Jaan_Tonisson_(Lasteleht), lk 351
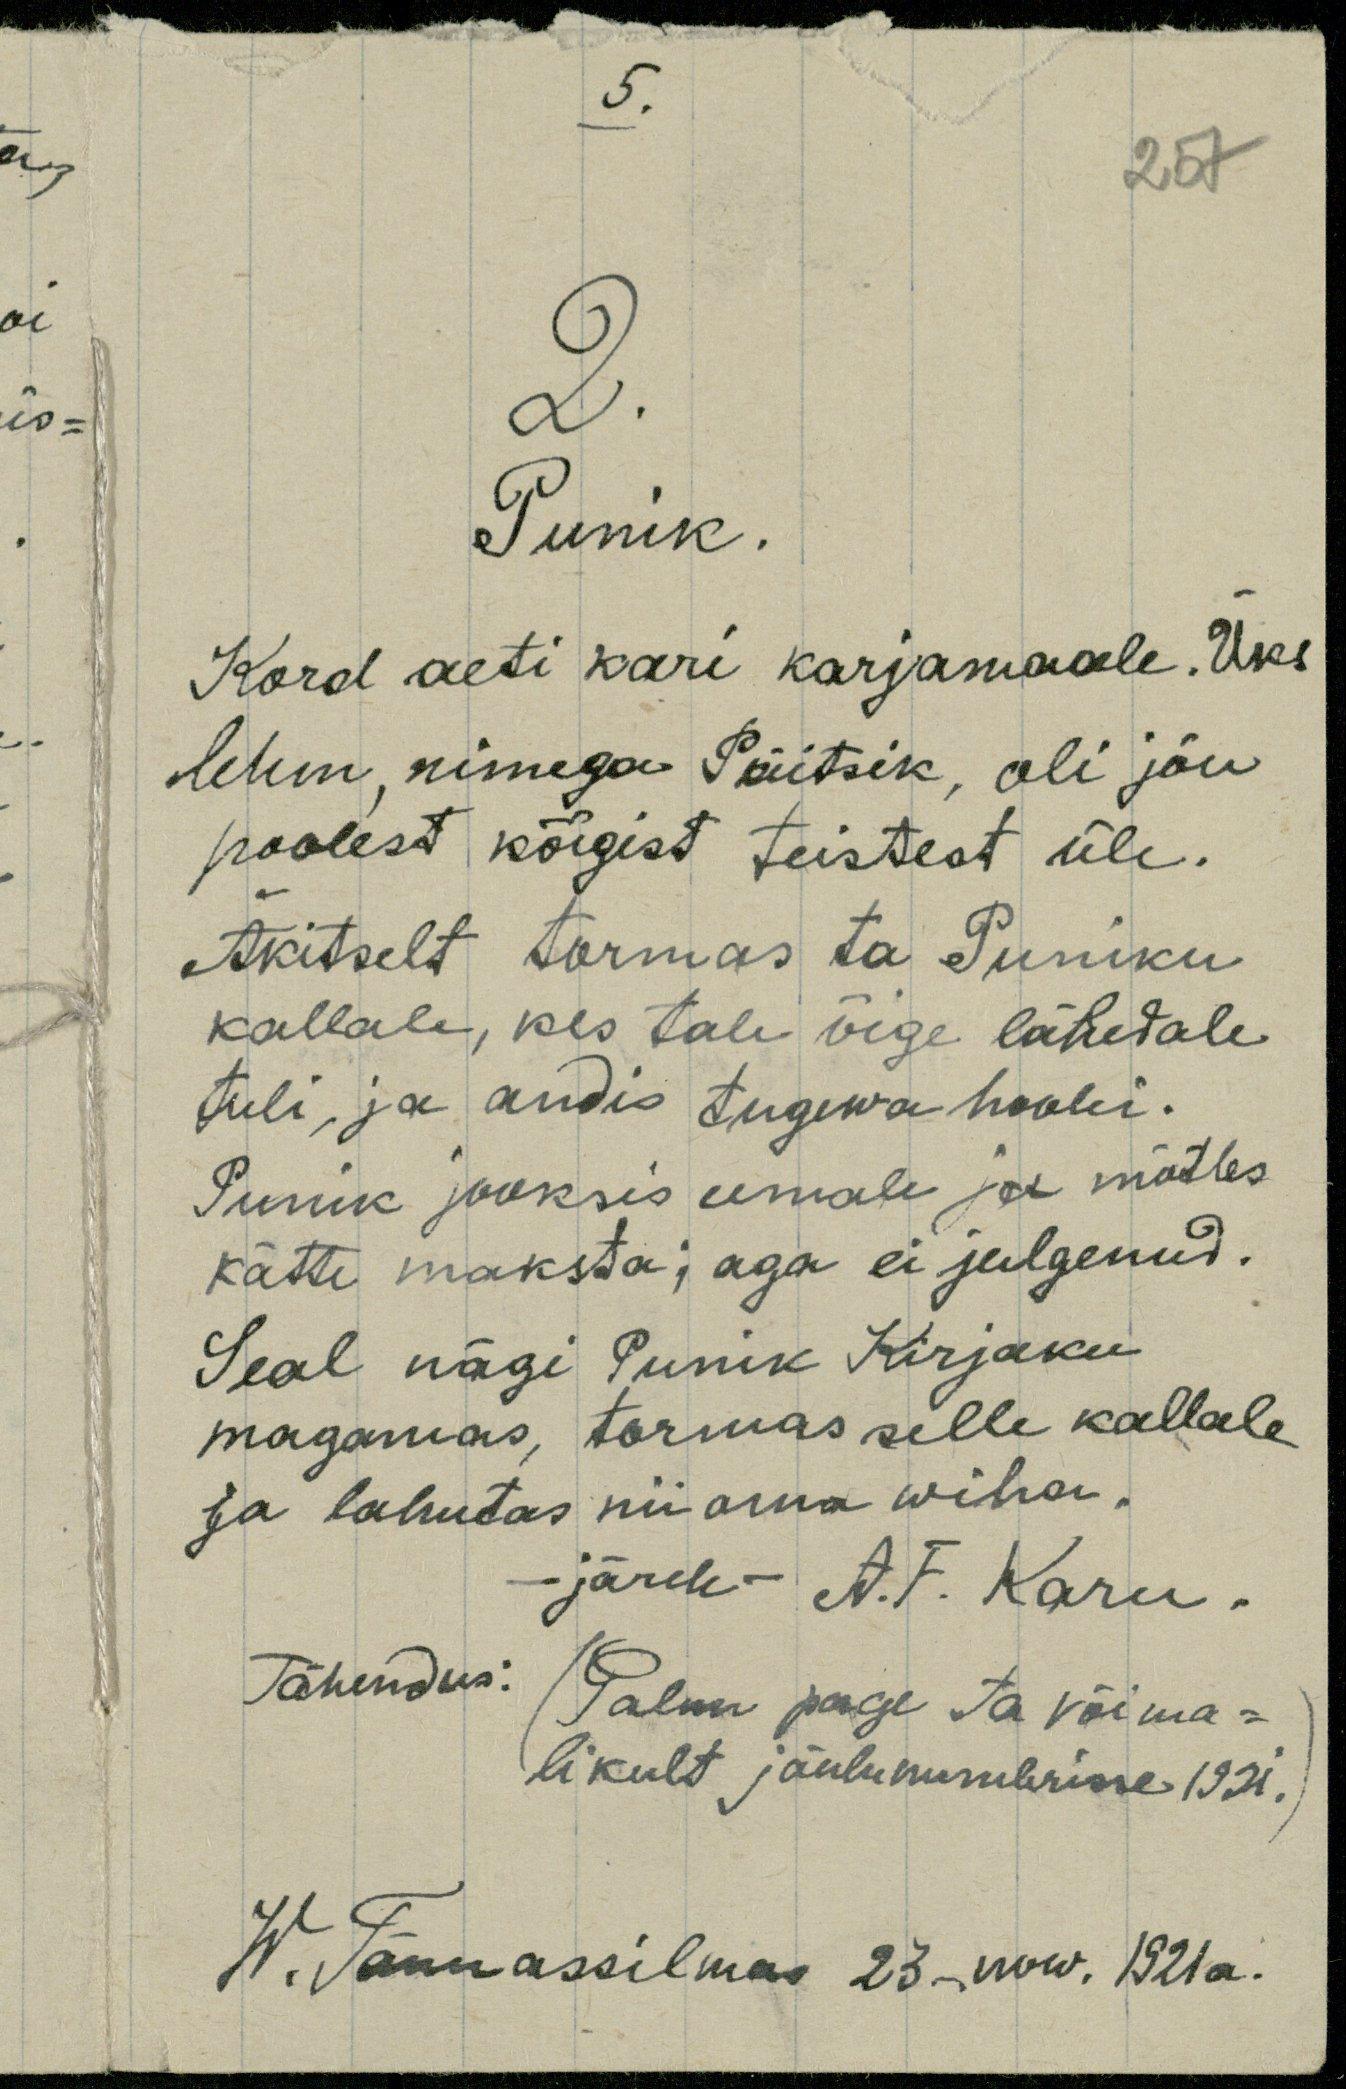
5.
257
2.
Punik.
Kord aeti kari karjamaale. Üks
lehm, nimega Päitsik, oli jõu
poolest kõigist teistest üle.
Akitselt tormas ta Puniku
kallale, kes tale õige lähedale
tuli, ja andis tugewa hoobi.
Punik jooksis eemale ja mõtles
kätte maksta; aga ei julgenud.
Seal nägi Punik Kirjaku
magamas, tormas selle kallale
Ja lahutas nii oma wiha
järele - A.F. Karu.
Tähendus: (Palun page ta võima-
likult jõulunumbrisse 1921.)
W. Tännassilmas 23-now. 1921a.